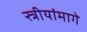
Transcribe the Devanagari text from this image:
स्त्रीयांमागे